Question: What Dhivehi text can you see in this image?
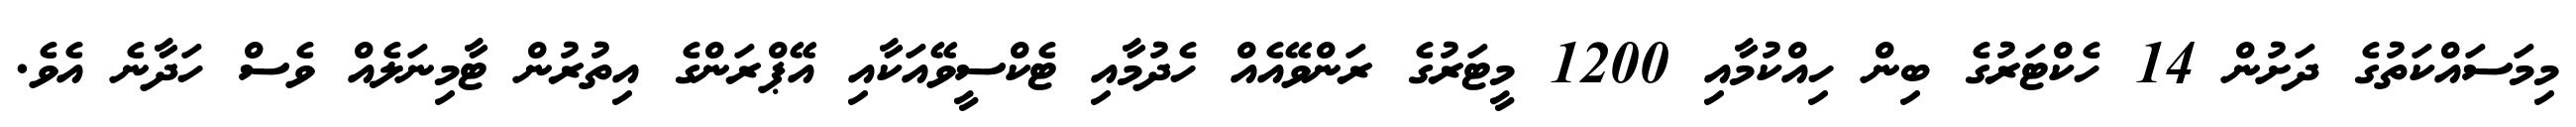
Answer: މިމަސައްކަތުގެ ދަށުން 14 ހެކްޓަރުގެ ބިން ހިއްކުމާއި 1200 މީޓަރުގެ ރަންވޭއެއް ހެދުމާއި ޓެކްސީވޭއަކާއި އޭޕްރަންގެ އިތުރުން ޓާމިނަލެއް ވެސް ހަދާނެ އެވެ.